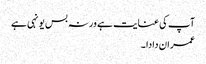
آپ کی عنایت ہے ورنہ بس یونہی ہے
عمران دادا ۔